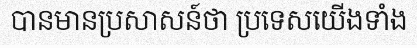
បានមានប្រសាសន៍ថា ប្រទេសយើងទាំង